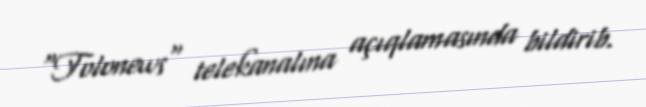
"Tolonews" telekanalına açıqlamasında bildirib.